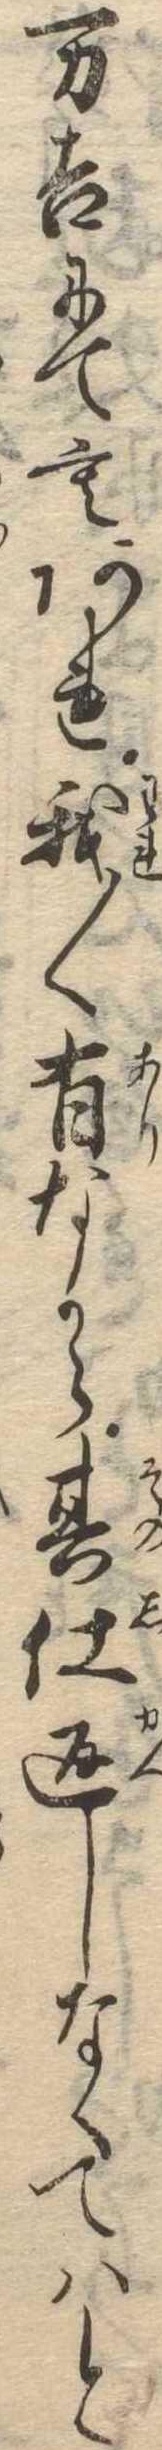
万吉にてもあれ我〱有なから其仕返しなくてはと